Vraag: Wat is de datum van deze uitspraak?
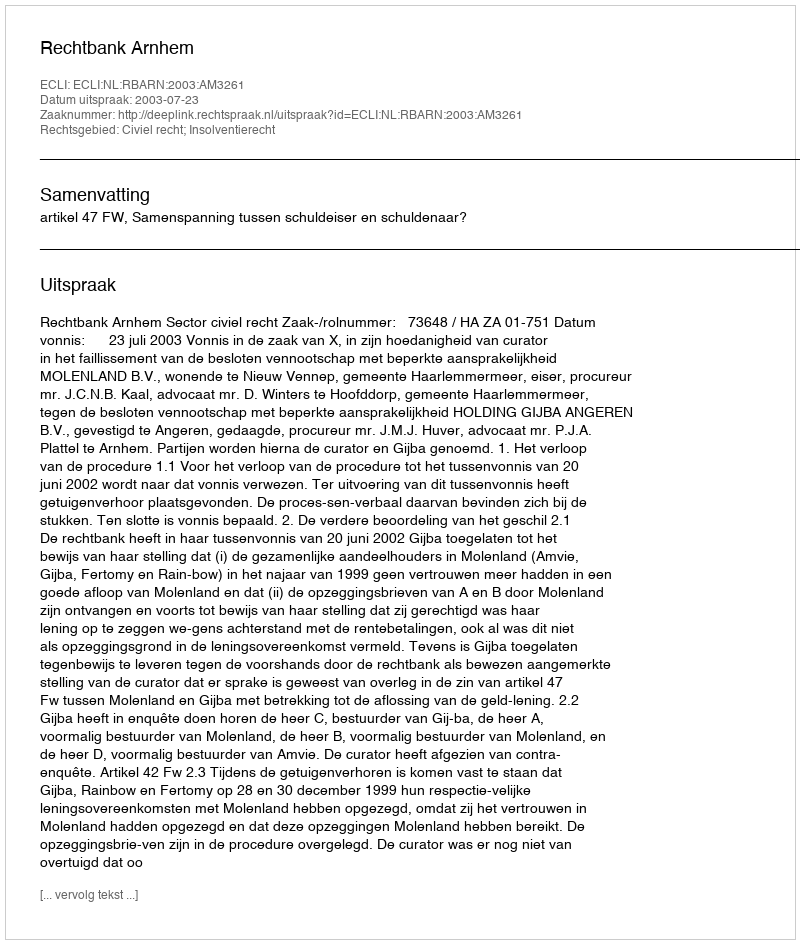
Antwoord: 2003-07-23